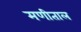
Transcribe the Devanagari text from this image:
मणीताल